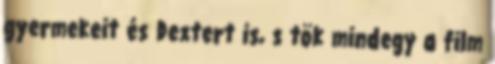
gyermekeit és Dextert is, s tök mindegy a film